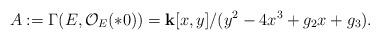
LaTeX: \begin{align*}A:=\Gamma(E,\mathcal O_E(*0))=\mathbf k[x,y]/(y^2-4x^3+g_2x+g_3). \end{align*}